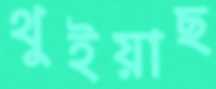
থুইয়াছ